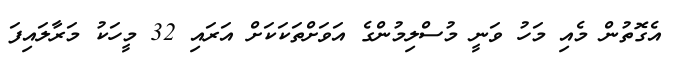
އެގޮތުން މެއި މަހު ވަނީ މުސްލިމުންގެ އަވަށްތަކަަކަށް އަރައި 32 މީހަކު މަރާލައިފަ